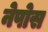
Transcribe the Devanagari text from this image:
नेपोस